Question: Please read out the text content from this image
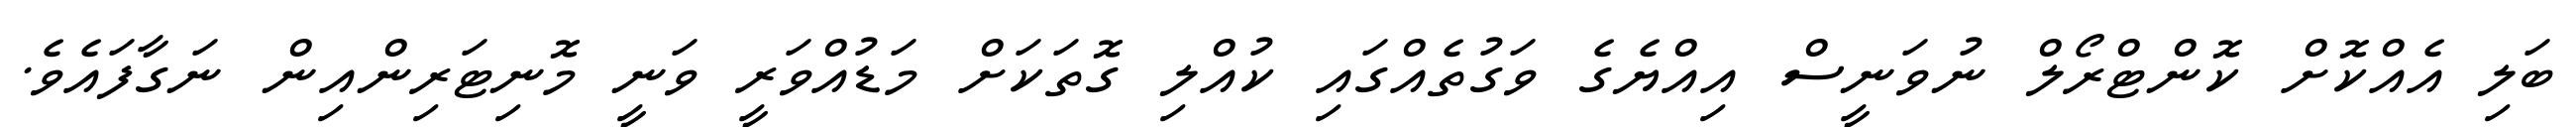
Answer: ބަލި އެއްކޮށް ކޮންޓްރޯލް ނުވަނީސް އިއްޔެގެ ވަގުތެއްގައި ކުއްލި ގޮތަކަށް މަޑުއްވަރީ ވަނީ މޮނިޓަރިންއިން ނަގާފައެވެ.